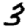
Digit: 3